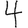
Digit: 4